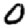
Digit: 0